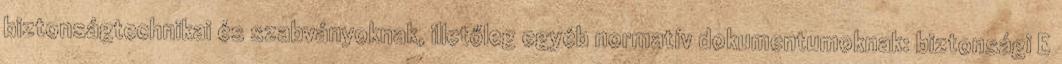
biztonságtechnikai és szabványoknak, illetőleg egyéb normatív dokumentumoknak: biztonsági E